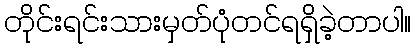
တိုင်းရင်းသားမှတ်ပုံတင်ရရှိခဲ့တာပါ။